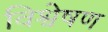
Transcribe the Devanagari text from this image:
विश्वेषण